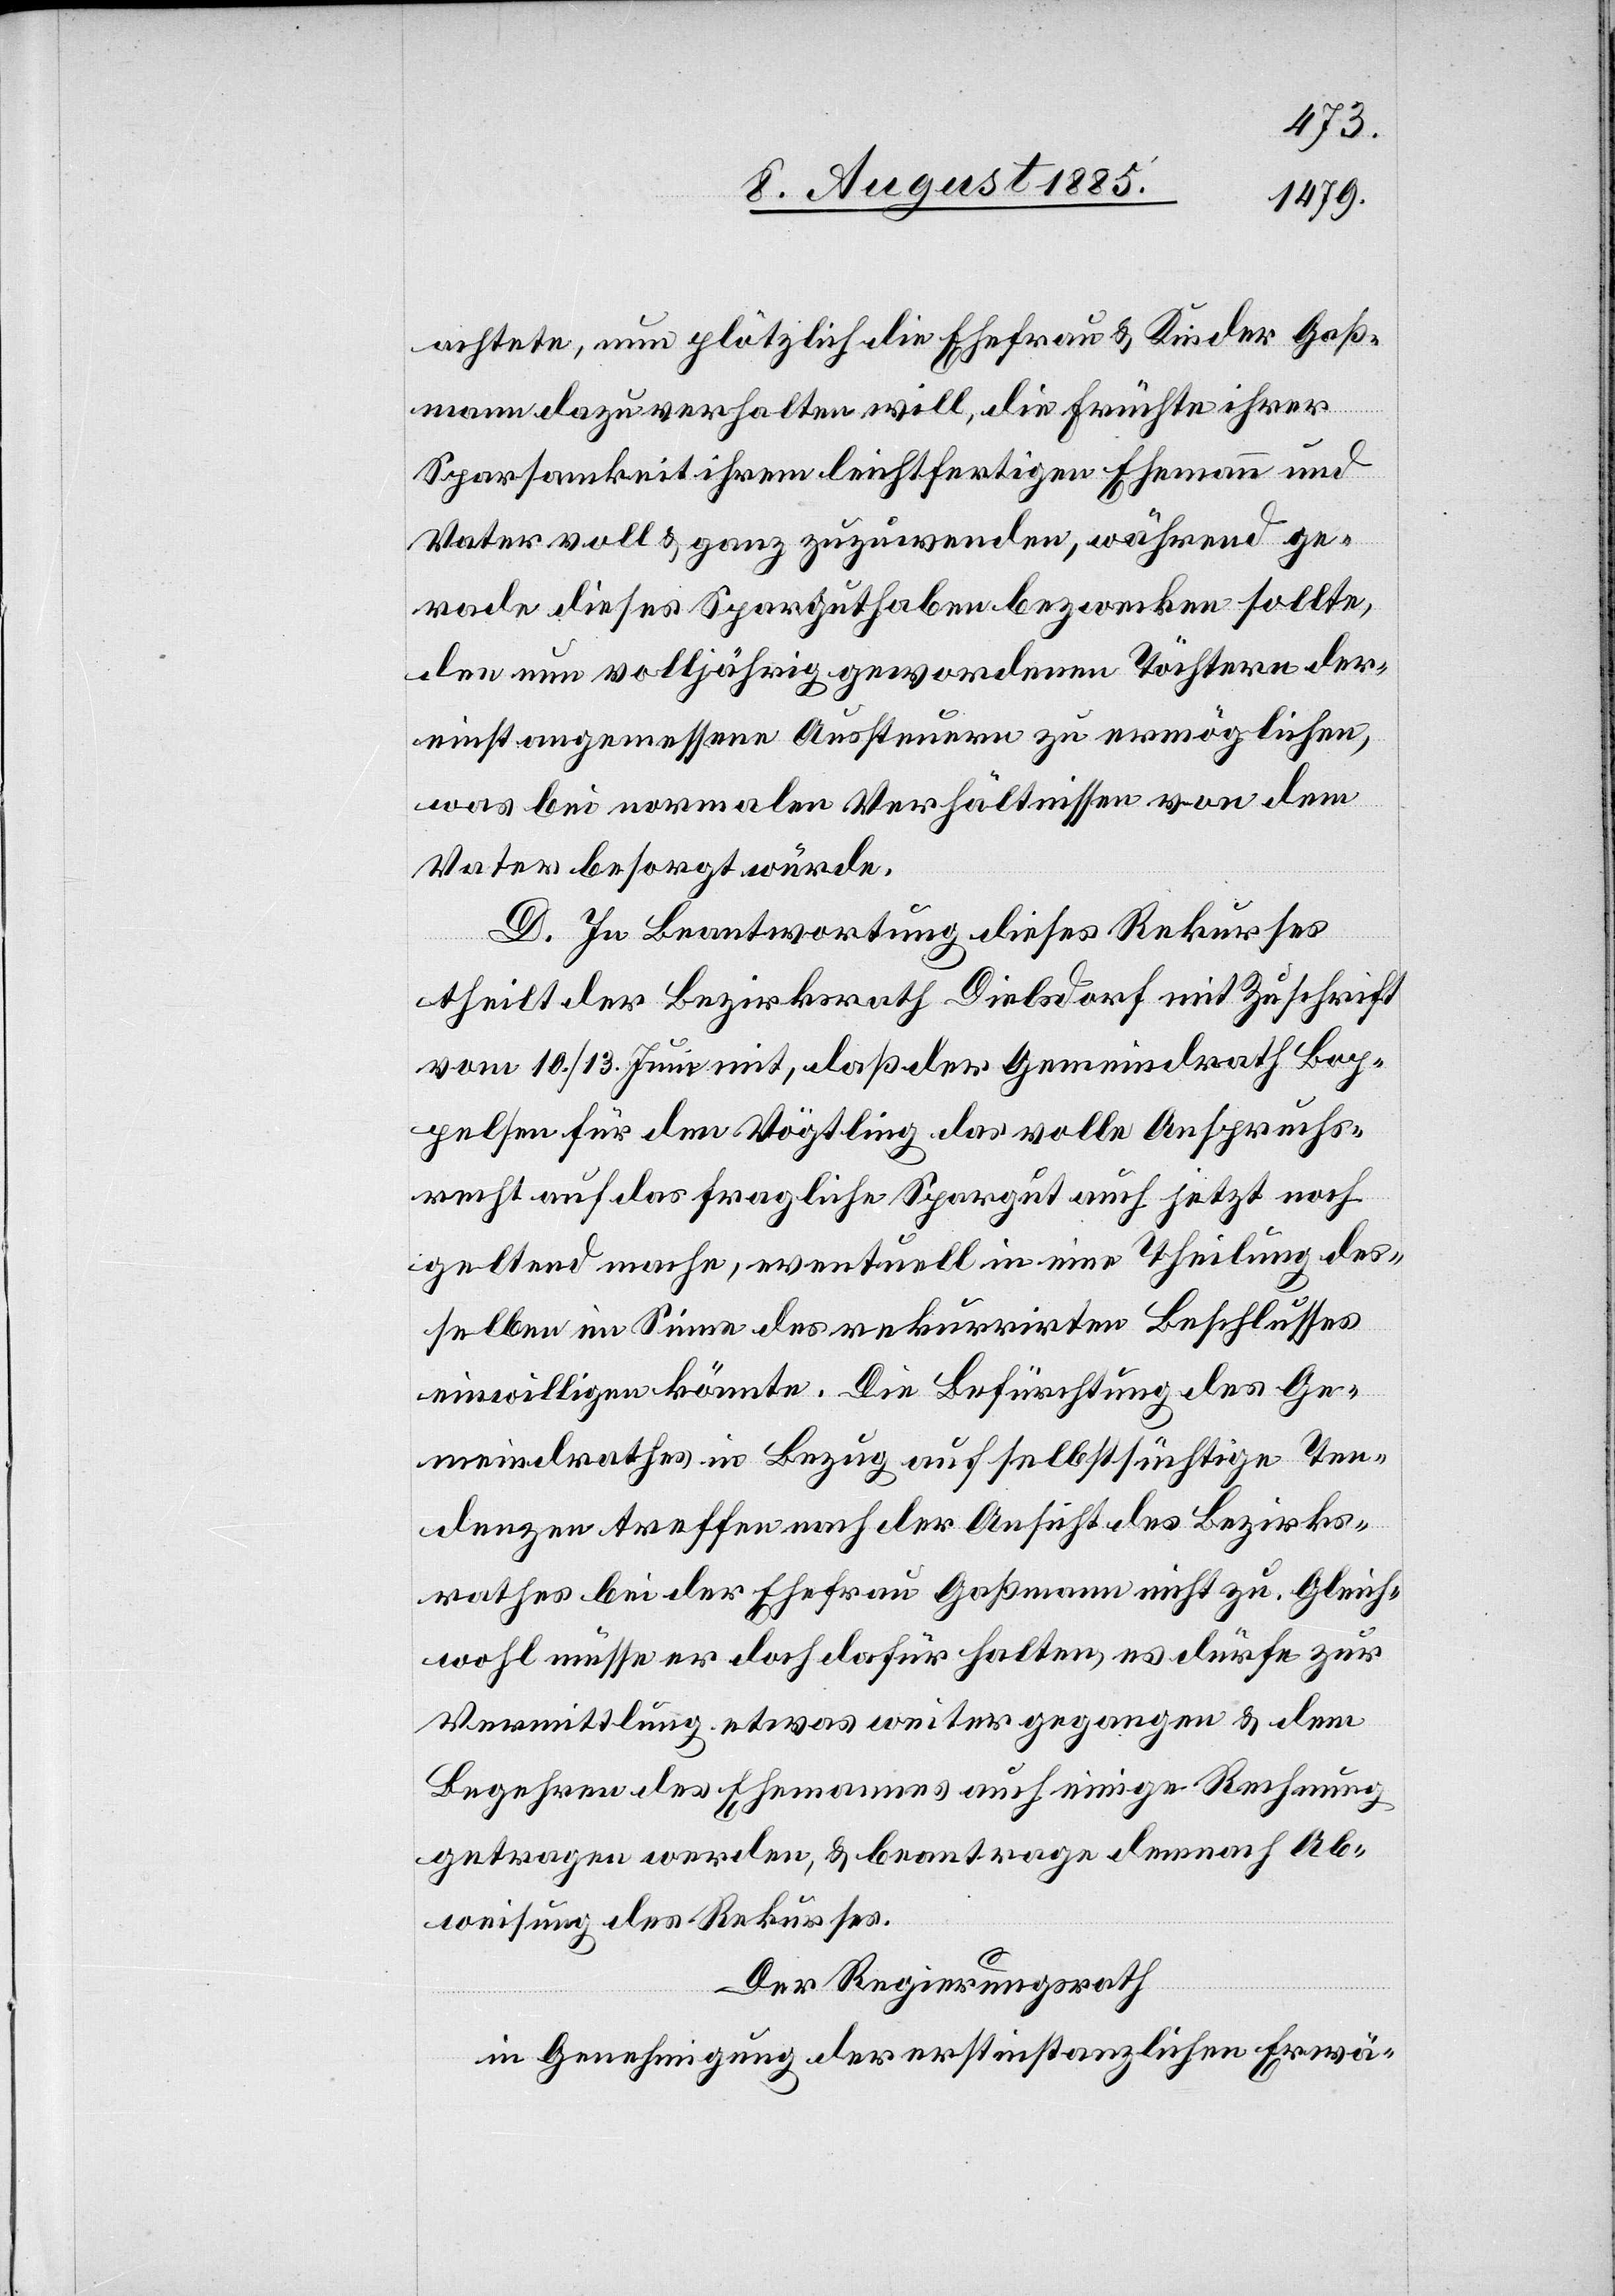
achtete, nun plötzlich die Ehefrau & Kinder Gaß¬
mann dazu verhalten will, die Früchte ihrer
Sparsamkeit ihrem leichtfertigen Ehemann und
Vater voll & ganz zuzuwenden, während ge¬
rade dieses Sparguthaben bezwecken sollte,
den nun volljährig gewordenen Töchtern der¬
einst angemessene Aussteuern zu ermöglichen,
was bei normalen Verhältnissen von dem
Vater besorgt würde.
D. In Beantwortung dieses Rekurses
theilt der Bezirksrath Dielsdorf mit Zuschrift
vom 10./13. Juni mit, daß der Gemeindrath Bop¬
pelsen für den Vögtling das volle Anspruchs¬
recht auf das fragliche Spargut auch jetzt noch
geltend mache, eventuell in eine Theilung des¬
selben im Sinne des rekurrirten Beschlusses
einwilligen könnte. Die Befürchtung des Ge¬
meindrathes in Bezug auf selbstsüchtige Ten¬
denzen treffen [sic!] nach der Ansicht des Bezirks¬
rathes bei der Ehefrau Gaßmann nicht zu. Gleich¬
wohl müsse er doch dafür halten, es dürfe zur
Vermittlung etwas weiter gegangen & dem
Begehren des Ehemannes auch einige Rechnung
getragen werden, & beantrage demnach Ab¬
weisung des Rekurses.
Der Regierungsrath
in Genehmigung der erstinstanzlichen Erwä-